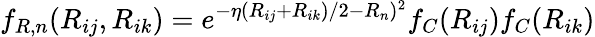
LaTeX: f_{R,n}(R_{ij},R_{ik})=e^{-\eta(R_{ij}+R_{ik})/2-R_{n})^{2}}f_{C}(R_{ij})f_{C}(R_{ik})